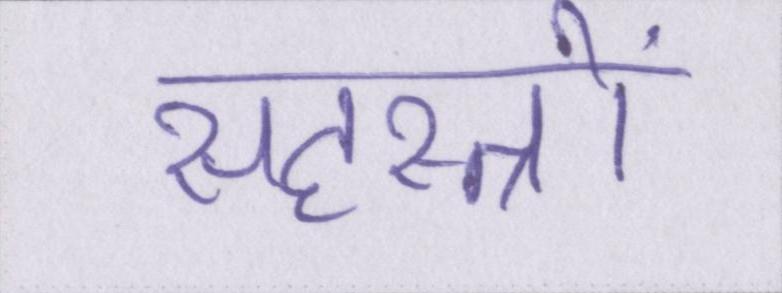
सहस्त्रों